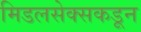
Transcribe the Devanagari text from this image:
मिडलसेक्सकडून